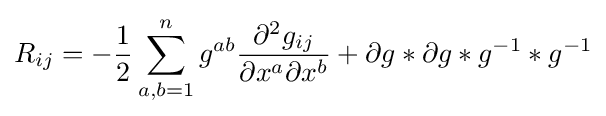
R_{ij}=-{\frac {1}{2}}\sum _{a,b=1}^{n}g^{ab}{\frac {\partial ^{2}g_{ij}}{\partial x^{a}\partial x^{b}}}+\partial g\ast \partial g\ast g^{-1}\ast g^{-1}